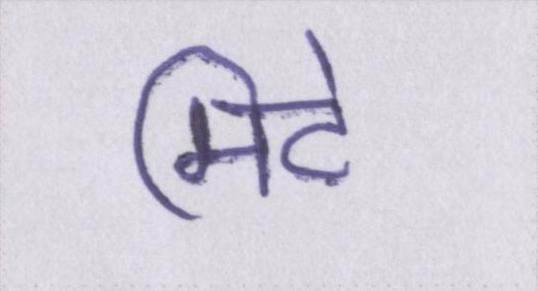
मिटे